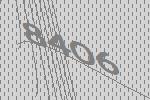
8406